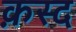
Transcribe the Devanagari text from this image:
क़स्द